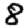
Digit: 8